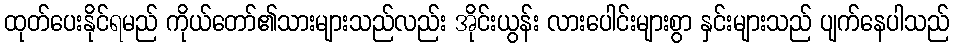
ထုတ်ပေးနိုင်ရမည် ကိုယ်တော်၏သားများသည်လည်း အိုင်းယွန်း လားပေါင်းများစွာ နှင်းများသည် ပျက်နေပါသည်